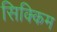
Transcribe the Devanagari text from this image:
सिक्‍िकम